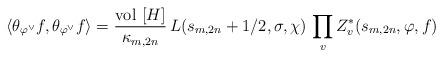
LaTeX: \begin{align*} \langle \theta_{\varphi^{\vee}}f , \theta_{\varphi^{\vee}}f \rangle = \frac{\mathrm{vol} \ [H]}{\kappa_{m,2n}} \, L(s_{m,2n}+1/2, \sigma, \chi) \, \prod_v Z^*_v(s_{m,2n},\varphi,f)\end{align*}